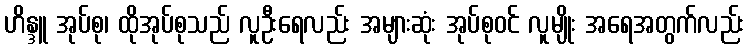
ဟိန္ဒူ အုပ်စု၊ ထိုအုပ်စုသည် လူဦးရေလည်း အများဆုံး အုပ်စုဝင် လူမျိုး အရေအတွက်လည်း